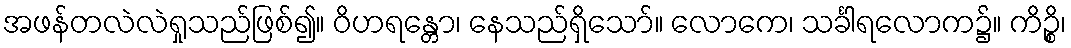
အဖန်တလဲလဲရှုသည်ဖြစ်၍။ ဝိဟရန္တော၊ နေသည်ရှိသော်။ လောကေ၊ သင်္ခါရလောက၌။ ကိဉ္စိ၊